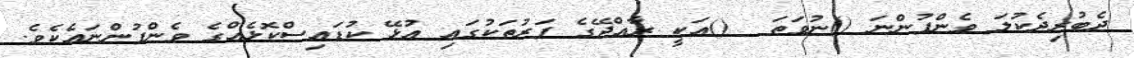
ދެބުރިދެކުލަ ވެންފުންނަ ()ނުވަތަ  ()އަކީ ރާއްޖޭގެ ފަރުތަކުގައި އުޅޭ ކުޑައިސްކޮޅެއްގެ ވެންފުންނައެކެވެ.